Vaccination in Bombay 1856-1862 - 1856-1862
Year: 1856
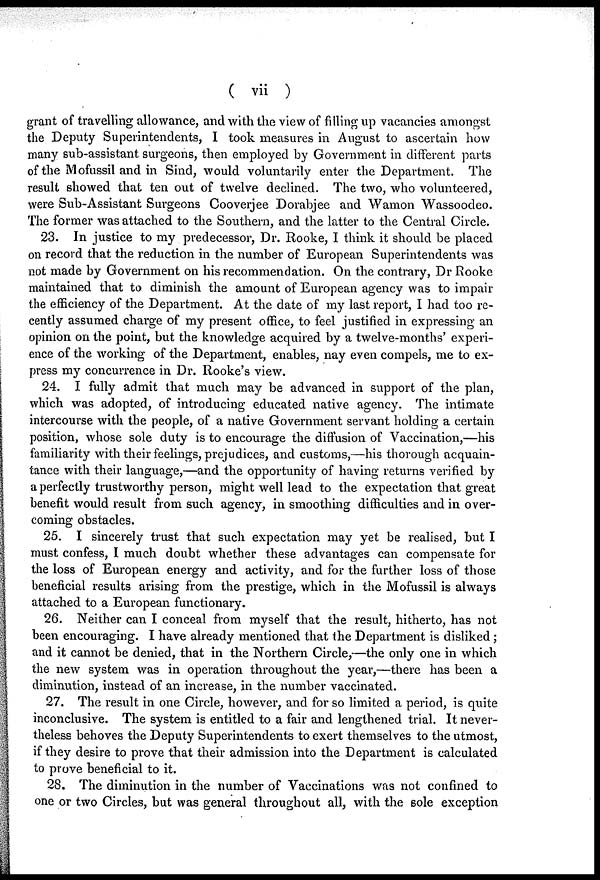
( vii )
grant of travelling allowance, and with the view of filling up vacancies amongst
the Deputy Superintendents, I took measures in August to ascertain how
many sub-assistant surgeons, then employed by Government in different parts
of the Mofussil and in Sind, would voluntarily enter the Department. The
result showed that ten out of twelve declined. The two, who volunteered,
were Sub-Assistant Surgeons Cooverjee Dorabjee and Wamon Wassoodeo.
The former was attached to the Southern, and the latter to the Central Circle.
23. In justice to my predecessor, Dr. Rooke, I think it should be placed
on record that the reduction in the number of European Superintendents was
not made by Government on his recommendation. On the contrary, Dr Rooke
maintained that to diminish the amount of European agency was to impair
the efficiency of the Department. At the date of my last report, I had too re-
cently assumed charge of my present office, to feel justified in expressing an
opinion on the point, but the knowledge acquired by a twelve-months' experi-
ence of the working of the Department, enables, nay even compels, me to ex-
press my concurrence in Dr. Rooke's view.
24. I fully admit that much may be advanced in support of the plan,
which was adopted, of introducing educated native agency. The intimate
intercourse with the people, of a native Government servant holding a certain
position, whose sole duty is to encourage the diffusion of Vaccination,—his
familiarity with their feelings, prejudices, and customs,—his thorough acquain-
tance with their language,—and the opportunity of having returns verified by
a perfectly trustworthy person, might well lead to the expectation that great
benefit would result from such agency, in smoothing difficulties and in over-
coming obstacles.
25. I sincerely trust that such expectation may yet be realised, but I
must confess, I much doubt whether these advantages can compensate for
the loss of European energy and activity, and for the further loss of those
beneficial results arising from the prestige, which in the Mofussil is always
attached to a European functionary.
26. Neither can I conceal from myself that the result, hitherto, has not
been encouraging. I have already mentioned that the Department is disliked;
and it cannot be denied, that in the Northern Circle,—the only one in which
the new system was in operation throughout the year,—there has been a
diminution, instead of an increase, in the number vaccinated.
27. The result in one Circle, however, and for so limited a period, is quite
inconclusive. The system is entitled to a fair and lengthened trial. It never-
theless behoves the Deputy Superintendents to exert themselves to the utmost,
if they desire to prove that their admission into the Department is calculated
to prove beneficial to it.
28. The diminution in the number of Vaccinations was not confined to
one or two Circles, but was general throughout all, with the sole exception